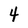
Character: 4